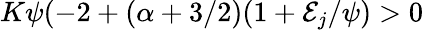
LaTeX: K\psi(-2+(\alpha+3/2)(1+{\cal E}_{j}/\psi)>0